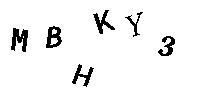
MBHKY3